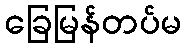
ခြေမြန်တပ်မ